Report on plague in the Punjab from October 1st ... to September 30th ..., being the ... season of plague in the province
Disease focus: Plague
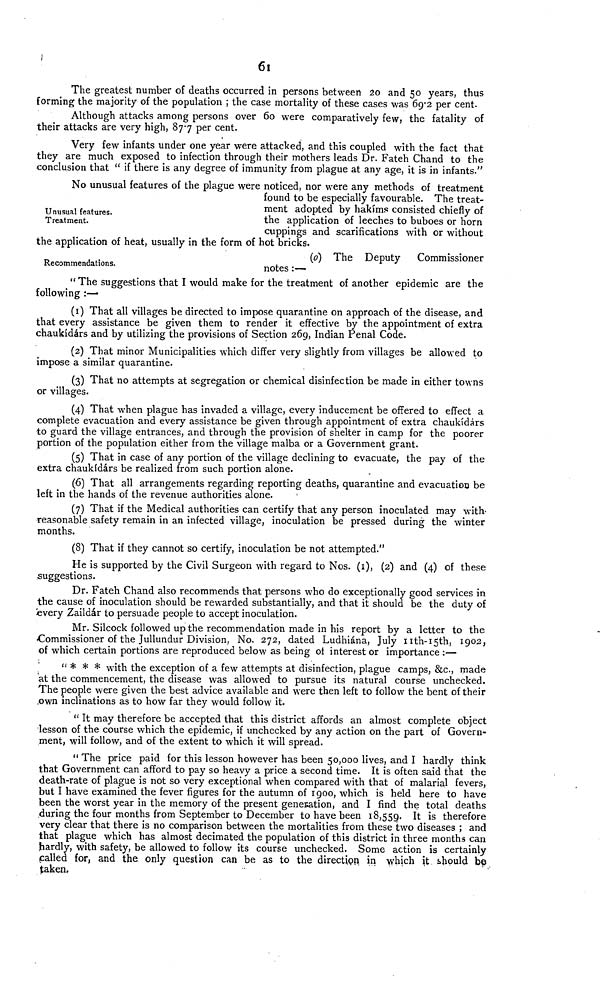
61
The greatest number of deaths occurred in persons between 20 and 50 years, thus
forming the majority of the population ; the case mortality of these cases was 69.2 per cent.
Although attacks among persons over 60 were comparatively few, the fatality of
their attacks are very high, 877 per cent.
Very few infants under one year were attacked, and this coupled with the fact that
they are much exposed to infection through their mothers leads Dr. Fateh Chand to the
conclusion that " if there is any degree of immunity from plague at any age, it is in infants."
Unusual features.
Treatment.
No unusual features of the plague were noticed, nor were any methods of treatment
found to be especially favourable. The treat-
ment adopted by hakims consisted chiefly of
the application of leeches to buboes or horn
cuppings and scarifications with or without
the application of heat, usually in the form of hot bricks.
Recommendations.
(0) The Deputy
Commissioner
notes :—
" The suggestions that I would make for the treatment of another epidemic are the
following :—
(1) That all villages be directed to impose quarantine on approach of the disease, and
that every assistance be given them to render it effective by the appointment of extra
chaukídárs and by utilizing the provisions of Section 269, Indian Penal Code.
(2) That minor Municipalities which differ very slightly from villages be allowed to
impose a similar quarantine.
(3) That no attempts at segregation or chemical disinfection be made in either towns
or villages.
(4) That when plague has invaded a village, every inducement be offered to effect a
complete evacuation and every assistance be given through appointment of extra chaukídárs
to guard the village entrances, and through the provision of shelter in camp for the poorer
portion of the population either from the village malba or a Government grant.
(5) That in case of any portion of the village declining to evacuate, the pay of the
extra chaukídárs be realized from such portion alone.
(6) That all arrangements regarding reporting deaths, quarantine and evacuation be
left in the hands of the revenue authorities alone.
(7) That if the Medical authorities can certify that any person inoculated may with-
reasonable safety remain in an infected village, inoculation be pressed during the winter
months.
(8) That if they cannot so certify, inoculation be not attempted."
He is supported by the Civil Surgeon with regard to Nos. (1), (2) and (4) of these
suggestions.
Dr. Fateh Chand also recommends that persons who do exceptionally good services in
the cause of inoculation should be rewarded substantially, and that it should be the duty of
every Zaildár to persuade people to accept inoculation.
Mr. Silcock followed up the recommendation made in his report by a letter to the
-Commissioner of the Jullundur Division, No. 272, dated Ludhiána, July 11th-15th, 1902,
of which certain portions are reproduced below as being of interest or importance :—
" * * * with the exception of a few attempts at disinfection, plague camps, &c, made
at the commencement, the disease was allowed to pursue its natural course unchecked.
The people were given the best advice available and were then left to follow the bent of their
.own inclinations as to how far they would follow it.
" It may therefore be accepted that this district affords an almost complete object
lesson of the course which the epidemic, if unchecked by any action on the part of Govern-
ment, will follow, and of the extent to which it will spread.
" The price paid for this lesson however has been 50,000 lives, and I hardly think
that Government can afford to pay so heavy a price a second time. It is often said that the
death-rate of plague is not so very exceptional when compared with that of malarial fevers,
but I have examined the fever figures for the autumn of 1900, which is held here to have
been the worst year in the memory of the present generation, and I find the total deaths
during the four months from September to December to have been 18,559. It is therefore
very clear that there is no comparison between the mortalities from these two diseases ; and
that plague which has almost decimated the population of this district in three months can
hardly, with safety, be allowed to follow its course unchecked. Some action is certainly
palled for, and the only question can be as to the direction in which it should be
taken,